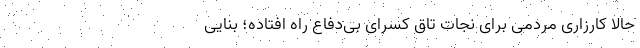
حالا کارزاری مردمی برای نجاتِ تاق کسرایِ بی‌دفاع راه افتاده؛ بنایی